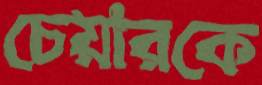
চেয়ারকে